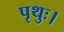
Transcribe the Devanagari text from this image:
पृथुः।